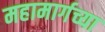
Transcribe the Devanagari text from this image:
महामार्गच्या